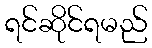
ရင်ဆိုင်ရမည်